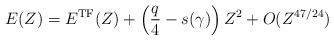
LaTeX: \begin{align*} E(Z)=E^{\mathrm{TF}}(Z)+\left(\frac q4-s(\gamma)\right)Z^2+O(Z^{47/24})\end{align*}